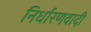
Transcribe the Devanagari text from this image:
निर्धारणवादी